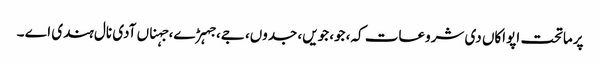
پرماتحت اپواکاں دی شروعات کہ، جو، جویں، جدوں، جے، جہڑے، جہناں آدی نال ہندی اے ۔